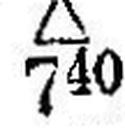
∆ 740